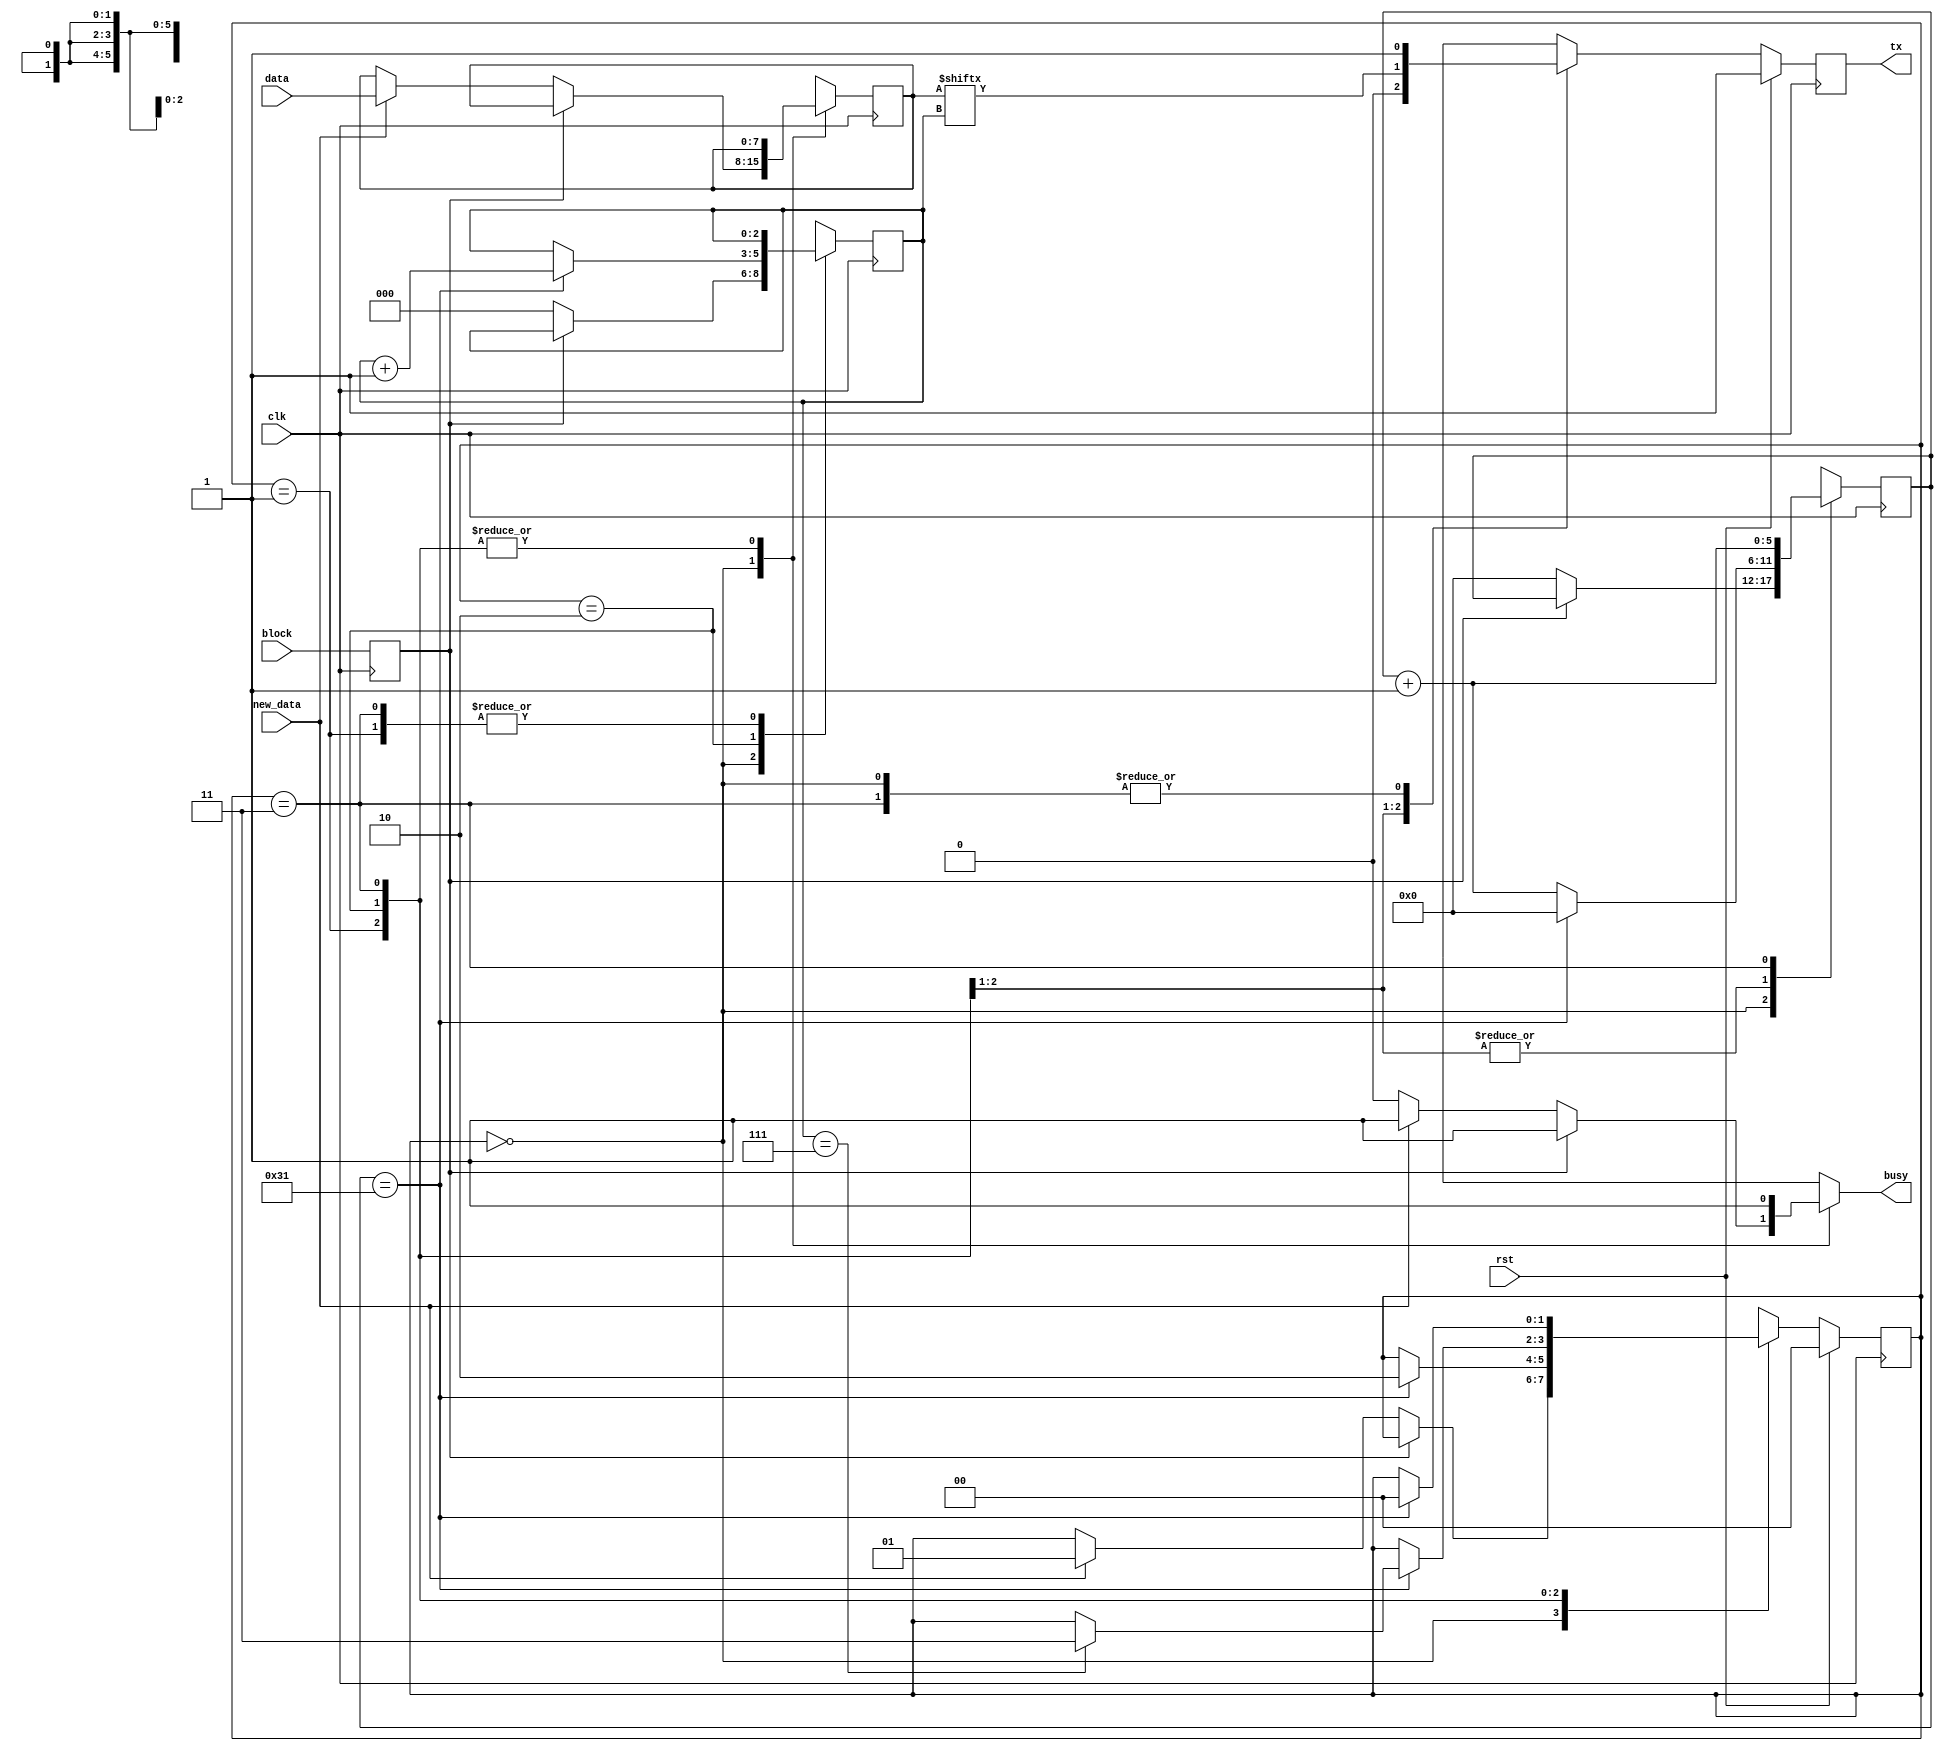
module serial_tx #(
	parameter CLK_PER_BIT = 50,
	parameter CTR_SIZE = 6
	)(
	input clk,
	input rst,
	output tx,
	input block,
	output busy,
	input [7:0] data,
	input new_data
	);

localparam STATE_SIZE = 2;
localparam IDLE = 2'd0,
		   START_BIT = 2'd1,
		   DATA = 2'd2,
		   STOP_BIT = 2'd3;

reg [CTR_SIZE-1:0] ctr_d, ctr_q;
reg [2:0] bit_ctr_d, bit_ctr_q;
reg [7:0] data_d, data_q;
reg [STATE_SIZE-1:0] state_d, state_q = IDLE;
reg tx_d, tx_q;
reg busy_r;
reg block_d, block_q;

assign tx = tx_q;
assign busy = busy_r;

always @(*) begin
	block_d = block;
	ctr_d = ctr_q;
	bit_ctr_d = bit_ctr_q;
	data_d = data_q;
	state_d = state_q;

	case (state_q)
		IDLE: begin
			if (block_q) begin
				busy_r = 1'b1;
				tx_d = 1'b1;
			end else begin
				busy_r = 1'b0;
				tx_d = 1'b1;
				bit_ctr_d = 3'b0;
				ctr_d = 1'b0;
				if (new_data) begin
					data_d = data;
					state_d = START_BIT;
					busy_r = 1'b1;
				end
			end
		end
		START_BIT: begin
			busy_r = 1'b1;
			ctr_d = ctr_q + 1'b1;
			tx_d = 1'b0;
			if (ctr_q == CLK_PER_BIT - 1) begin
				ctr_d = 1'b0;
				state_d = DATA;
			end
		end
		DATA: begin
			busy_r = 1'b1;
			tx_d = data_q[bit_ctr_q];
			ctr_d = ctr_q + 1'b1;
			if (ctr_q == CLK_PER_BIT - 1) begin
				ctr_d = 1'b0;
				bit_ctr_d = bit_ctr_q + 1'b1;
				if (bit_ctr_q == 7) begin
					state_d = STOP_BIT;
				end
			end
		end
		STOP_BIT: begin
			busy_r = 1'b1;
			tx_d = 1'b1;
			ctr_d = ctr_q + 1'b1;
			if (ctr_q == CLK_PER_BIT - 1) begin
				state_d = IDLE;
			end
		end
		default: begin
			state_d = IDLE;
		end
	endcase
end

always @(posedge clk) begin
	if (rst) begin
		state_q <= IDLE;
		tx_q <= 1'b1;
	end else begin
		state_q <= state_d;
		tx_q <= tx_d;
	end

	block_q <= block_d;
	data_q <= data_d;
	bit_ctr_q <= bit_ctr_d;
	ctr_q <= ctr_d;
end

endmodule